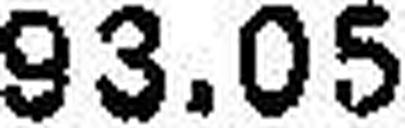
93.05